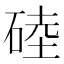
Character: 𥓪